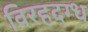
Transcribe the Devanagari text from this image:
विरहदग्ध